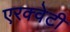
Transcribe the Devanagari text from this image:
एरक्वेटी